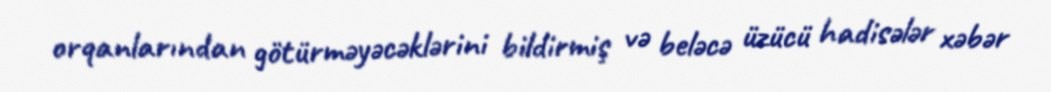
orqanlarından götürməyəcəklərini bildirmiş və beləcə üzücü hadisələr xəbər